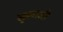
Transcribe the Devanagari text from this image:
सुकाजी